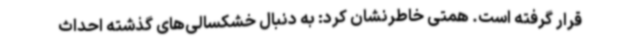
قرار گرفته است. همتی خاطرنشان کرد: به دنبال خشکسالی‌های گذشته احداث